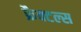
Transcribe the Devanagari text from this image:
फ्रैक्टल्स